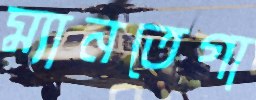
ম্যানতেগা